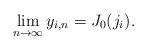
LaTeX: \begin{align*} \lim_{n\to\infty} y_{i,n} = J_0(j_i).\end{align*}